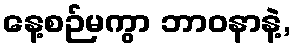
နေ့စဉ်မကွာ ဘာဝနာနဲ့,